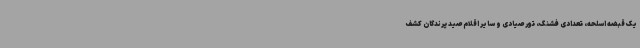
یک قبضه اسلحه، تعدادی فشنگ، تور صیادی و سایر اقلام صید پرندگان کشف